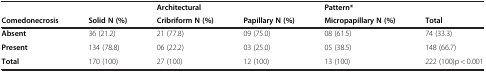
<table><thead><tr><td></td><td></td><td colspan="2"><b>Architectural</b></td><td><b>Pattern*</b></td><td></td></tr><tr><td><b>Comedonecrosis</b></td><td><b>Solid N (%)</b></td><td><b>Cribriform N (%)</b></td><td><b>Papillary N (%)</b></td><td><b>Micropapillary N (%)</b></td><td><b>Total</b></td></tr></thead><tbody><tr><td><b>Absent</b></td><td>36 (21.2)</td><td>21 (77.8)</td><td>09 (75.0)</td><td>08 (61.5)</td><td>74 (33.3)</td></tr><tr><td><b>Present</b></td><td>134 (78.8)</td><td>06 (22.2)</td><td>03 (25.0)</td><td>05 (38.5)</td><td>148 (66.7)</td></tr><tr><td><b>Total</b></td><td>170 (100)</td><td>27 (100)</td><td>12 (100)</td><td>13 (100)</td><td>222 (100)p &lt; 0.001</td></tr></tbody></table>